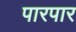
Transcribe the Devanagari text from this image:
पारपार